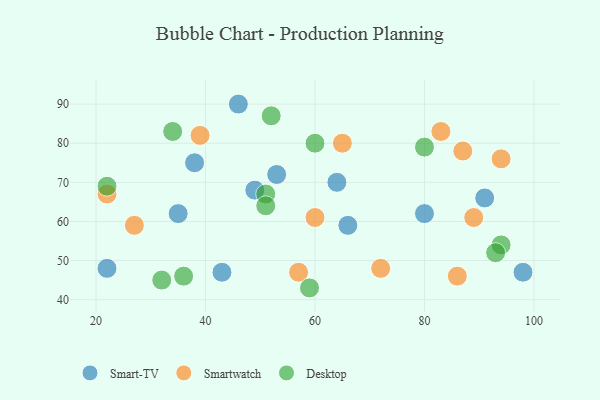
{"axis": {"x": "GDP", "y": "Life Expectancy"}, "legend": ["Desktop", "Smart-TV", "Smartwatch"], "data": [{"x": "49", "y": 68, "type": "Smart-TV"}, {"x": "64", "y": 70, "type": "Smart-TV"}, {"x": "35", "y": 62, "type": "Smart-TV"}, {"x": "98", "y": 47, "type": "Smart-TV"}, {"x": "46", "y": 90, "type": "Smart-TV"}, {"x": "43", "y": 47, "type": "Smart-TV"}, {"x": "53", "y": 72, "type": "Smart-TV"}, {"x": "38", "y": 75, "type": "Smart-TV"}, {"x": "22", "y": 48, "type": "Smart-TV"}, {"x": "80", "y": 62, "type": "Smart-TV"}, {"x": "91", "y": 66, "type": "Smart-TV"}, {"x": "66", "y": 59, "type": "Smart-TV"}, {"x": "27", "y": 59, "type": "Smartwatch"}, {"x": "83", "y": 83, "type": "Smartwatch"}, {"x": "89", "y": 61, "type": "Smartwatch"}, {"x": "72", "y": 48, "type": "Smartwatch"}, {"x": "22", "y": 67, "type": "Smartwatch"}, {"x": "86", "y": 46, "type": "Smartwatch"}, {"x": "60", "y": 61, "type": "Smartwatch"}, {"x": "65", "y": 80, "type": "Smartwatch"}, {"x": "57", "y": 47, "type": "Smartwatch"}, {"x": "87", "y": 78, "type": "Smartwatch"}, {"x": "94", "y": 76, "type": "Smartwatch"}, {"x": "39", "y": 82, "type": "Smartwatch"}, {"x": "51", "y": 67, "type": "Desktop"}, {"x": "32", "y": 45, "type": "Desktop"}, {"x": "60", "y": 80, "type": "Desktop"}, {"x": "34", "y": 83, "type": "Desktop"}, {"x": "22", "y": 69, "type": "Desktop"}, {"x": "59", "y": 43, "type": "Desktop"}, {"x": "94", "y": 54, "type": "Desktop"}, {"x": "93", "y": 52, "type": "Desktop"}, {"x": "36", "y": 46, "type": "Desktop"}, {"x": "80", "y": 79, "type": "Desktop"}, {"x": "51", "y": 64, "type": "Desktop"}, {"x": "52", "y": 87, "type": "Desktop"}]}